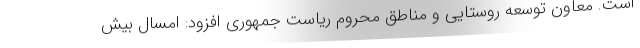
است. معاون توسعه روستایی و مناطق محروم ریاست جمهوری افزود: امسال بیش